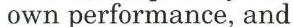
own performance, and